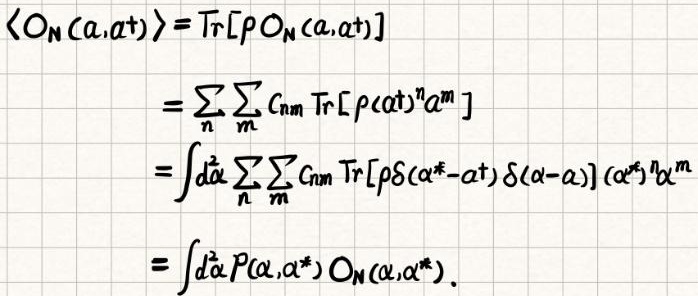
\[
\begin{align*}
\langle O_N(\alpha,\alpha^\dagger)\rangle&=\text{Tr}[\rho O_N(\alpha,\alpha^\dagger)]\\
&=\sum_n\sum_m c_{nm}\text{Tr}[\rho(\alpha^\dagger)^n\alpha^m]\\
&=\int d^2\alpha\sum_n\sum_m c_{nm}\text{Tr}[\rho\delta(\alpha^*-\alpha^\dagger)\delta(\alpha-\alpha)] (\alpha^*)^n\alpha^m\\
&=\int d^2\alpha P(\alpha,\alpha^*) O_N(\alpha,\alpha^*).
\end{align*}
\]